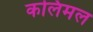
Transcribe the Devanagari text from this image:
कलिमल